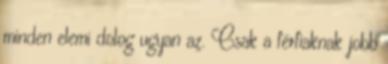
minden elemi dolog ugyan az. Csak a férfiaknak jobb